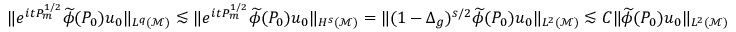
\begin{array} { r } { \| e ^ { i t P _ { m } ^ { 1 / 2 } } \widetilde { \phi } ( P _ { 0 } ) u _ { 0 } \| _ { L ^ { q } ( \mathcal { M } ) } \lesssim \| e ^ { i t P _ { m } ^ { 1 / 2 } } \widetilde { \phi } ( P _ { 0 } ) u _ { 0 } \| _ { H ^ { s } ( \mathcal { M } ) } = \| ( 1 - \Delta _ { g } ) ^ { s / 2 } \widetilde { \phi } ( P _ { 0 } ) u _ { 0 } \| _ { L ^ { 2 } ( \mathcal { M } ) } \lesssim C \| \widetilde { \phi } ( P _ { 0 } ) u _ { 0 } \| _ { L ^ { 2 } ( \mathcal { M } ) } } \end{array}